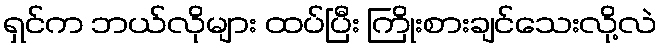
ရှင်က ဘယ်လိုများ ထပ်ပြီး ကြိုးစားချင်သေးလို့လဲ